341_110677_Numerical_File,_5-2500
Agency: Department of War
Incident date: 10/14/55
Incident location: Azerbaijan
Page 6
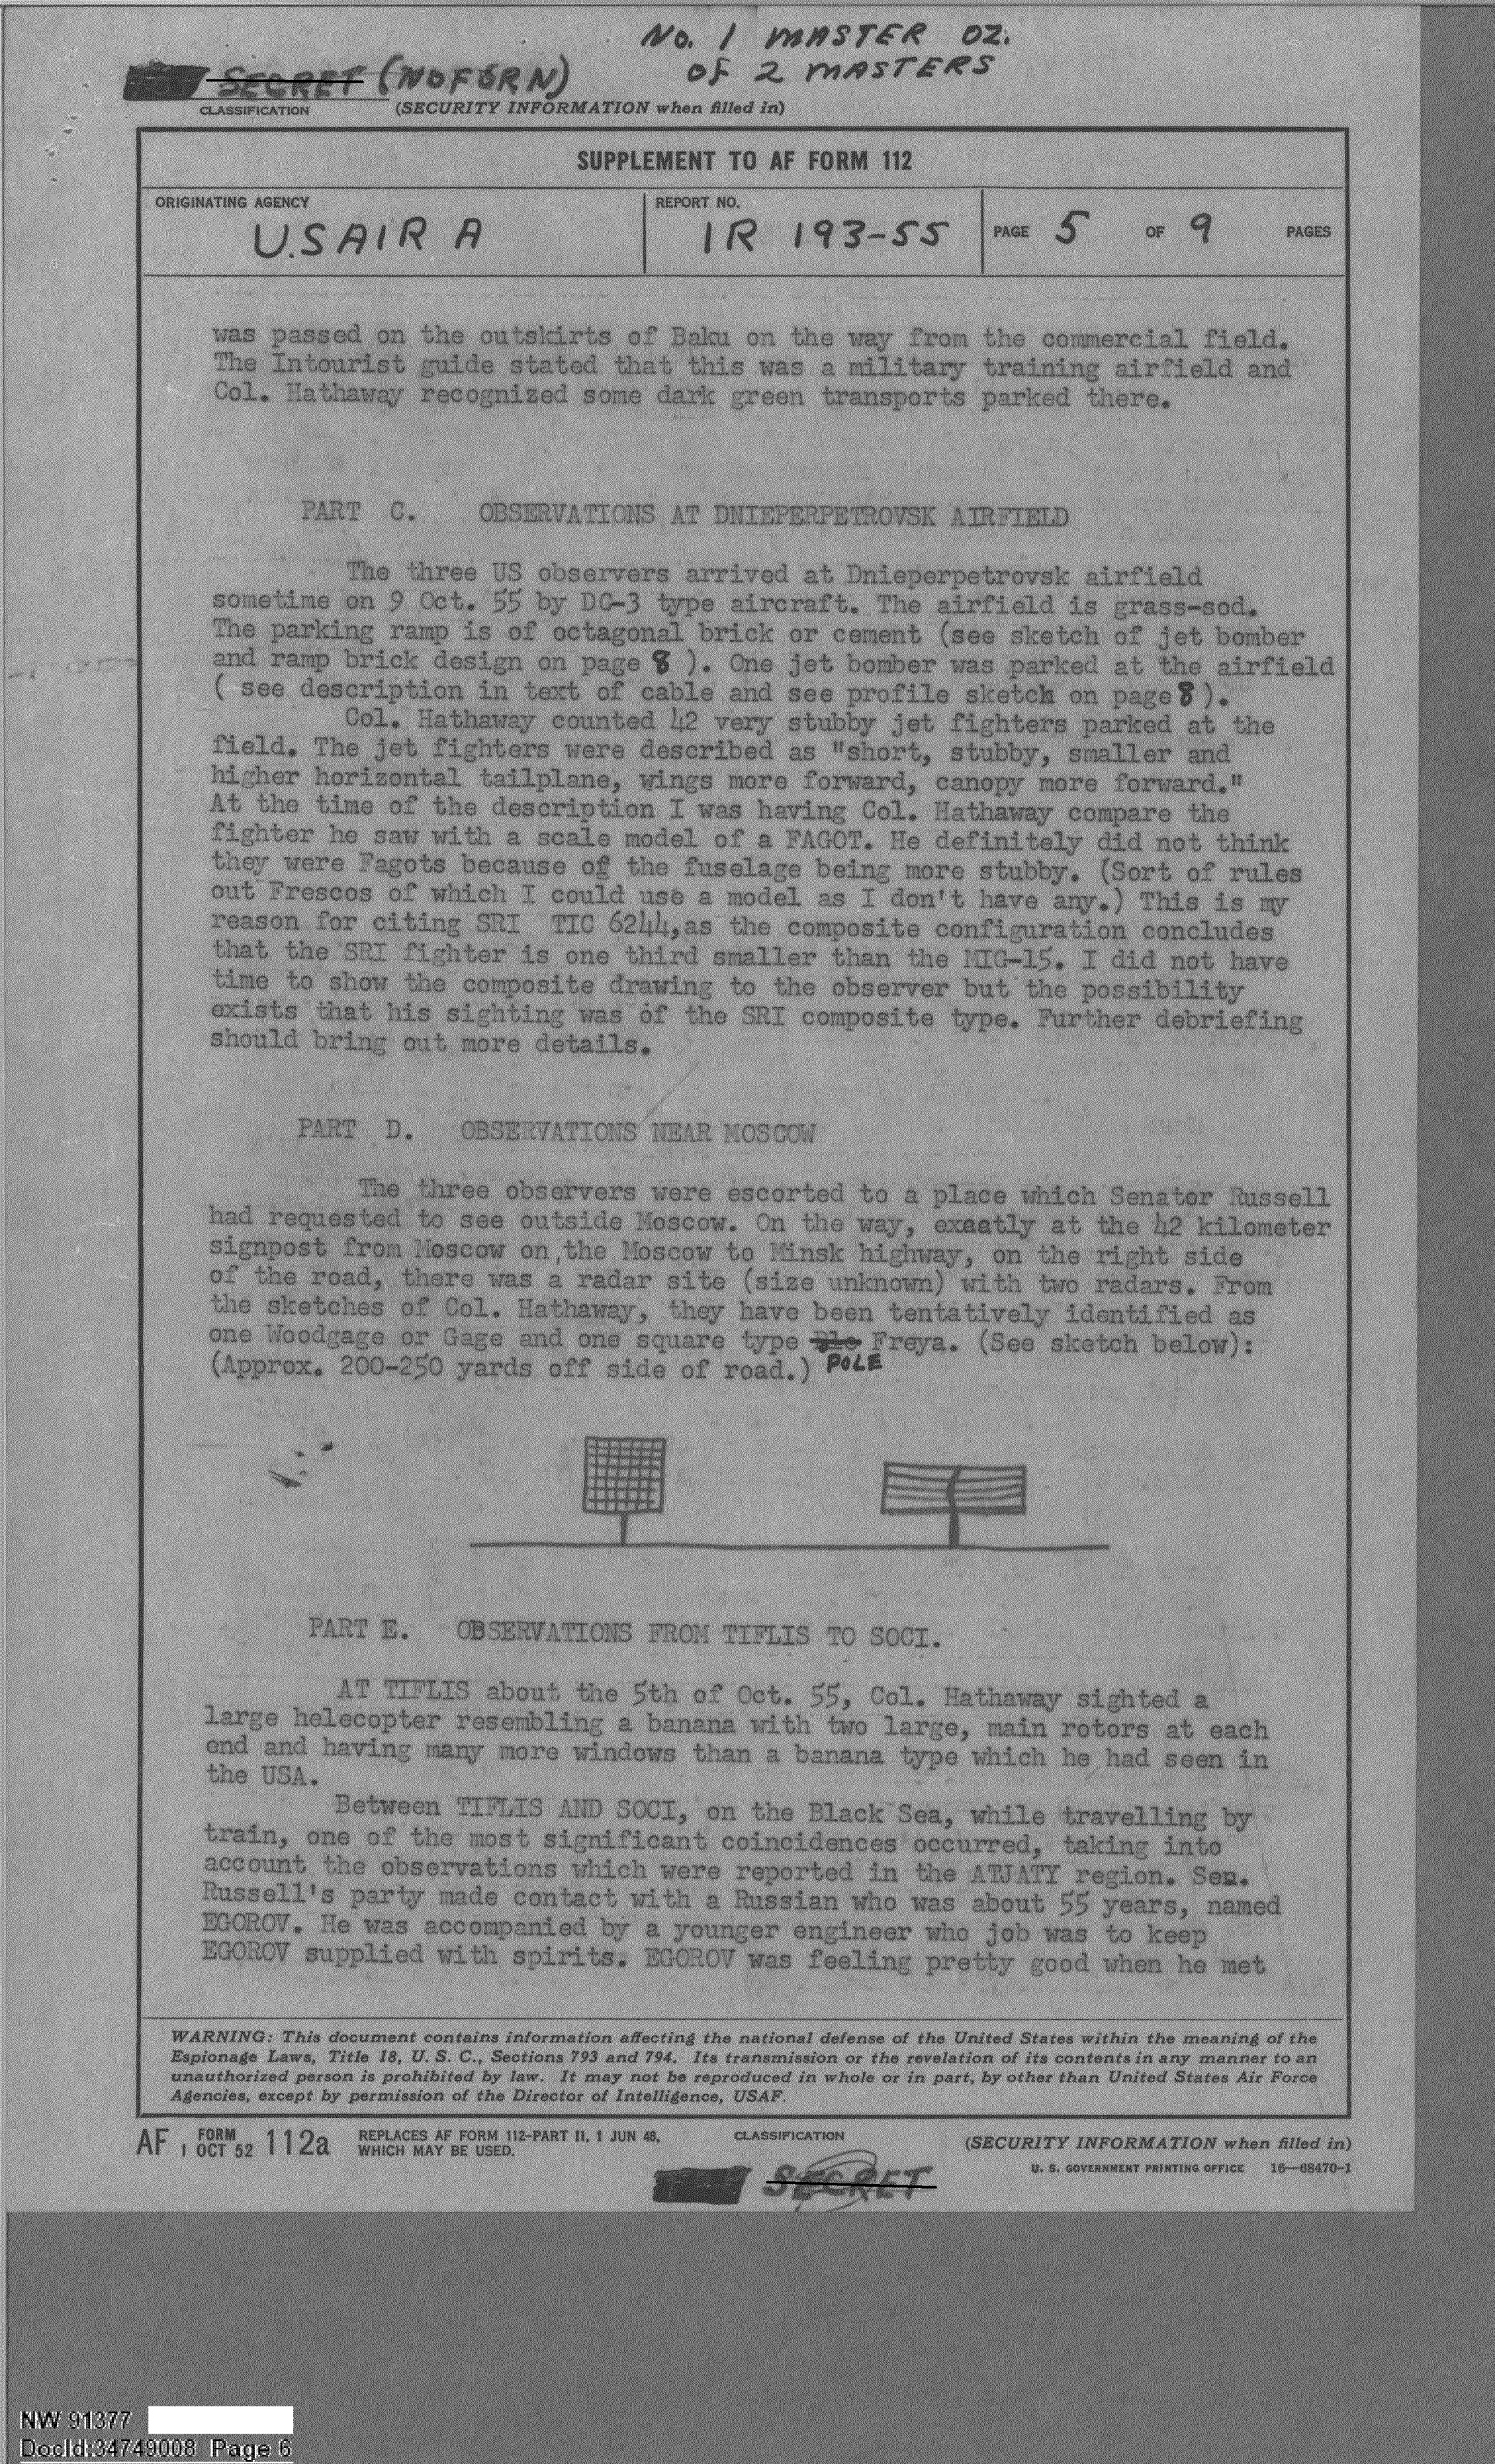